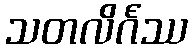
သတလိင်္ဂဿ